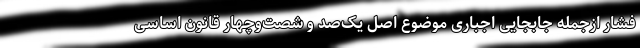
فشار ازجمله جابجایی اجباری موضوع اصل یک‌صد و شصت‌وچهار قانون اساسی